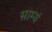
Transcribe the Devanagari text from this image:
साम्यं